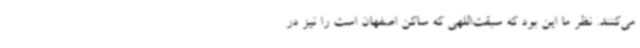
می‌کنند. نظر ما این بود که سبقت‌اللهی که ساکن اصفهان است را نیز در